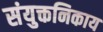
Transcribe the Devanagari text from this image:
संयुक्तनिकाय